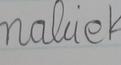
Signature authenticity: forged